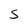
Character: S